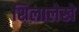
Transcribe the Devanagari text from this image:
शिलालेखे